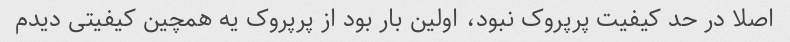
اصلا در حد کیفیت پرپروک نبود، اولین بار بود از پرپروک یه همچین کیفیتی دیدم